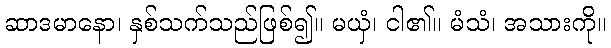
ဆာဒမာနော၊ နှစ်သက်သည်ဖြစ်၍။ မယှံ၊ ငါ၏။ မံသံ၊ အသားကို။